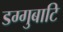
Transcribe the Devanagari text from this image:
डग्गुबाटि